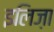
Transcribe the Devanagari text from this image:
इलिज़ा